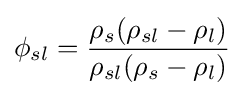
\phi _{sl}={\frac {\rho _{s}(\rho _{sl}-\rho _{l})}{\rho _{sl}(\rho _{s}-\rho _{l})}}